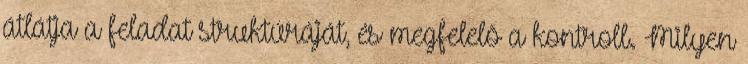
átlátja a feladat struktúráját, és megfelelõ a kontroll. Milyen